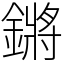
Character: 鏘